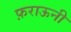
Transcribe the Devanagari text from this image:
फ़राऊनी